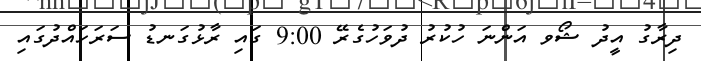
ދިރާގު އީދު ޝޯވ އަންނަ ހުކުރު ދުވަހުގެރޭ 9:00 ގައި ރާޅުގަނޑު ސަރަހައްދުގައި